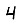
Digit: 4